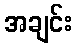
အချင်း